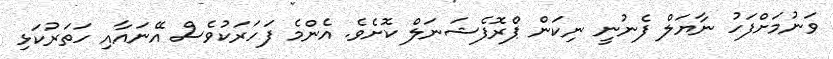
ވަނުމަށްފަހު ނާޔަލް ފެނުނީ ނިކަން ޕްރޮފެޝަނަލް ކޮށެވެ. އެންމެ ފަހަރަކުވެސް އޭނައާއި ހަތަރުކަޅި